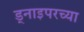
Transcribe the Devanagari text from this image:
ड्नाइपरच्या